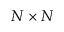
N \times N